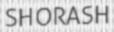
SHORASH